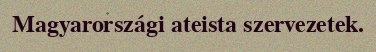
Magyarországi ateista szervezetek.